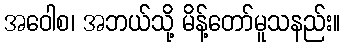
အဝေါစ၊ အဘယ်သို့ မိန့်တော်မူသနည်း။